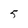
Character: 5